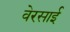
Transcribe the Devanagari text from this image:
वेरसाई